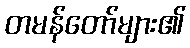
တမန်တော်များ၏